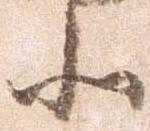
北